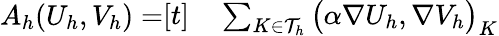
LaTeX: A_{h}(U_{h},V_{h})=\begin{array}{rl}{[t]}&{{}\sum_{K\in\mathcal{T}_{h}}\big(\alpha\nabla U_{h},\nabla V_{h}\big)_{K}}\end{array}